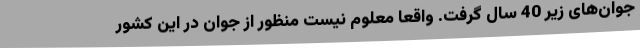
جوان‌های زیر 40 سال گرفت. واقعا معلوم نیست منظور از جوان در این کشور